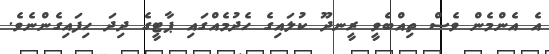
އެ އެންމެން ވެސް ތިއްބެވީ ރީނދޫ ކުލައިގެ ހެދުމެއްގައި ޕާޓީގެ ދިދަ ހިފައިގެންނެވެ.